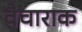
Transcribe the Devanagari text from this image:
वैचाराक